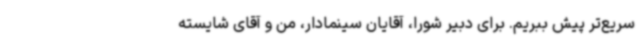
سریع‌تر پیش ببریم. برای دبیر شورا، آقایان سینمادار، من و آقای شایسته